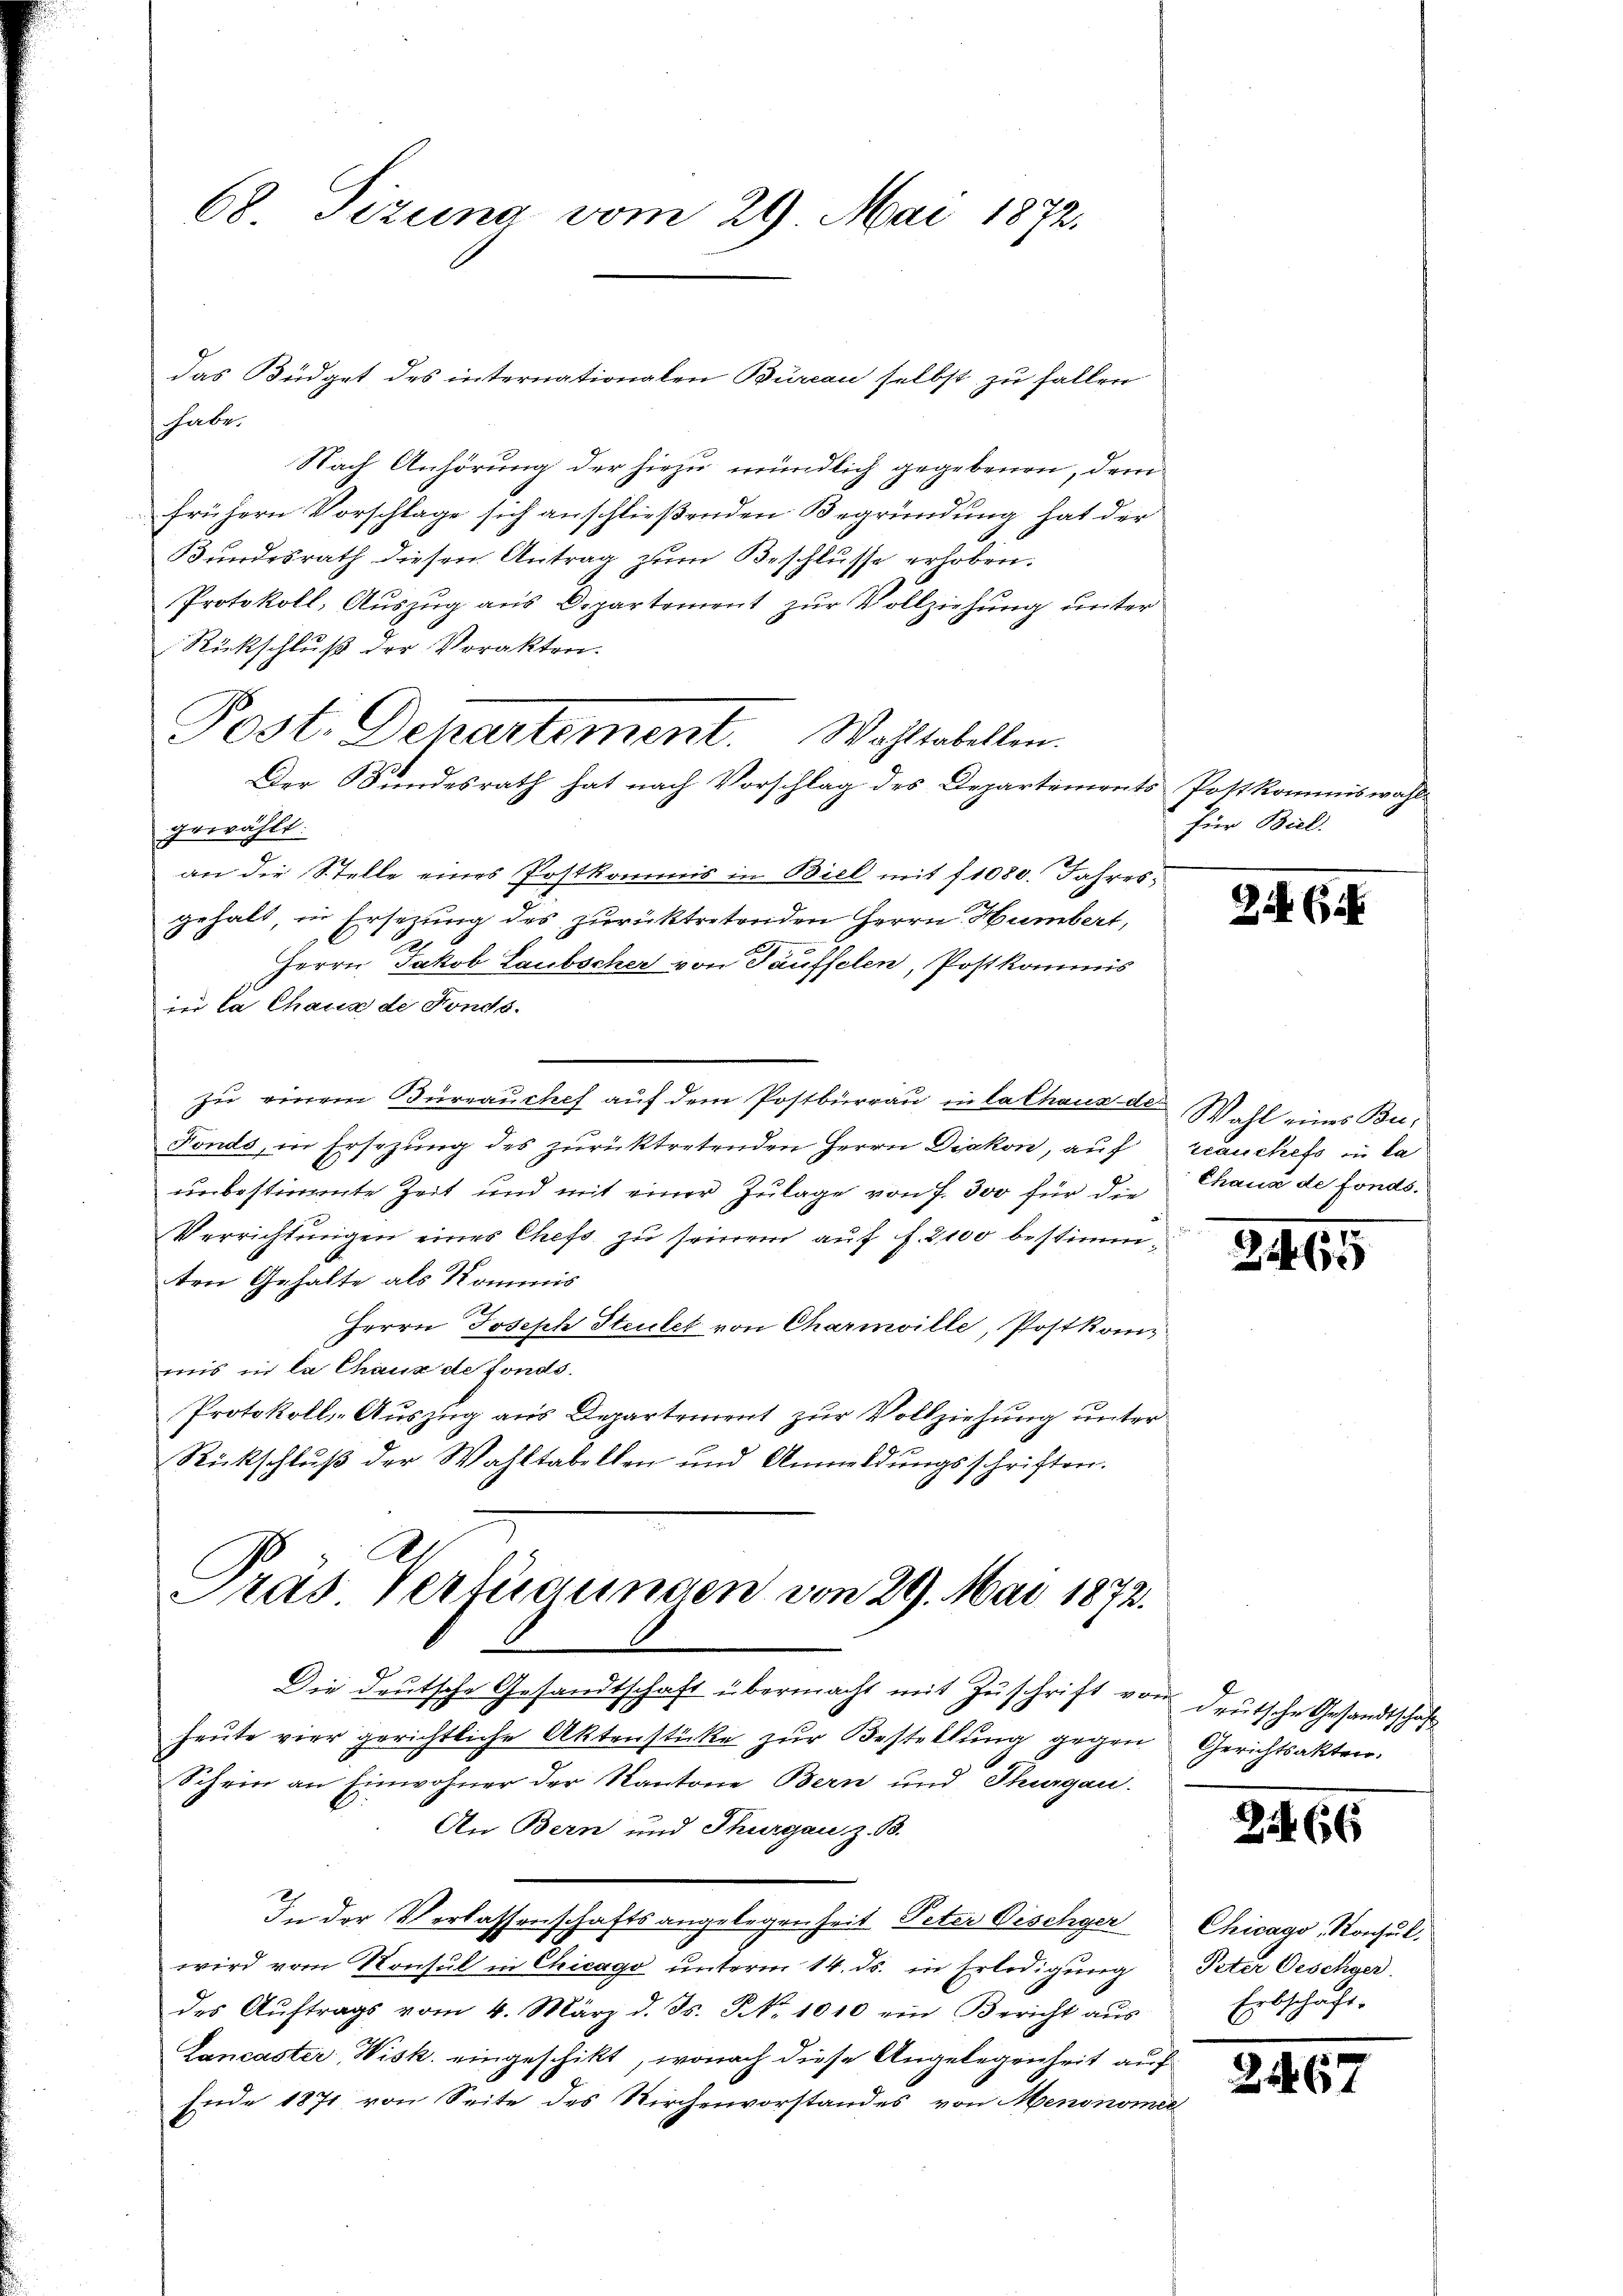
das Büdget des internationalen Burcan selbst zu fallen
habe.
Nach Anhörung der hiezu mündlich gegebenen, dem
frühern Vorschlage sich anschließenden Begründung hat der
Bundesrath diesen Antrag zum Beschlusse erhoben.
Protokoll, Aŭszŭg aŭs Departement zŭr Vollziehŭng ŭnter
Rückschluß der Vorakten.
gewählt:
an die Stelle eines Postkommis in Biel mit 11080. Jahres
gehalt, in Ersetzung des zurücktretenden Herrn Humbert,
Herrn Jakob Laubscher von Täuffelen, Postkommis
ier la Chaux de Fonds.
zu einem Büreaŭchef auf dem Postbürrau in Cathaus der Wahl eines Bu¬
Fonds, in Ersezung des zŭrücktretenden Herrn Diakon, auf
unbestimmte Zeit und mit einer Zulage von 7. 300 für die
Verrichtungen eines Chefs zu seinem auf f. 2100 bestimmten Gehalte als Kommis
Herrn Joseph Steutet von Charmville, Postkom
mis in la Chaux de fonds.
Protokoll-Auszug aus Departement zur Vollziehung unter
Rückschluß der Wahltabellen und Anmeldungsschriften.

68 Tizuna vom 29. Mai 1872.

Post. Departement. Wahltabellen.
Der Bundesrath hat nach Vorschlag des Departements Postkommiswahl¬

Pras Verfügungen von 29. Mai 1872.

Die deutsche Gesandtschaft übermacht mit Zŭschrift von deutsche Gesandtschaft
heute vier gerichtliche Aktenstücke zur Bestellung gegen
Schein an Einwohner der Kantone Bern und Thurgau.
An Bern und Thurgau z. B.
In der Verlassenschaftsangelegenheit Peter Dischger
wird vom Konsul in Chicago unterm 14. ds. in Erledigung
des Aŭftrags vom 4. März d. Js. No. 1010 ein Bericht aŭs
Lancaster Wisk. eingeschikt, wonach diese Angelegenheit auf
Ende 1871 von Seite des Kirchenvorstandes von Menonomie

Für Biel.

34 (

zrauchefs in da
Chana de fonds.

261

Gerichtsakten.

2466

Chicago, Konsul,
Peter Oeschger
Erbschaft.

267